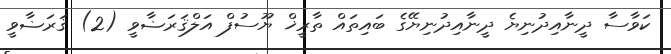
ކަވާސާ ދީނާއިދުނިޔެ ދީނާއިދުނިޔޭގެ ބައިތައް ތާރީޚް ޔޫސުފް އަލްޤަރަޟާވީ (2) ޤަރަޟާވީ